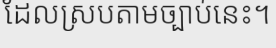
ដែលស្របតាមច្បាប់នេះ។